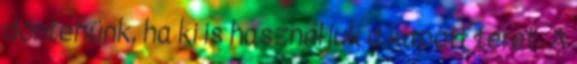
döntenünk, ha ki is használjuk a kapott teret. A